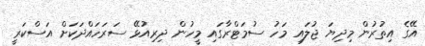
އޭގެ އިތުރުން މިދިޔަ ޖުލައި މަހު ސުމަޓްރާގައި މީހުން ދިރިއުޅޭ ސަރަހައްދަކަށް އަސްކަރީ